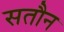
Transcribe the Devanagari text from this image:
सतौन